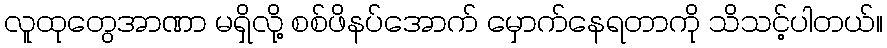
လူထုတွေအာဏာ မရှိလို့ စစ်ဖိနပ်အောက် မှောက်နေရတာကို သိသင့်ပါတယ်။